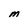
Character: M